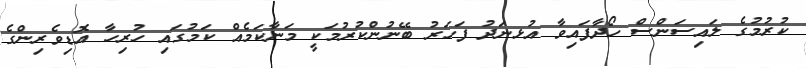
ކުރުމުގެ ލައިސަންސް ހޯދާފައިވާ އުޅނަދު ފަހަރު ބޭނުންކުރުމަކީ މަނާކަމެއް ކަމުގައި ހުރިހާ އޮޑިވެރިންގެ